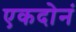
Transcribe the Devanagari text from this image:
एकदोनं